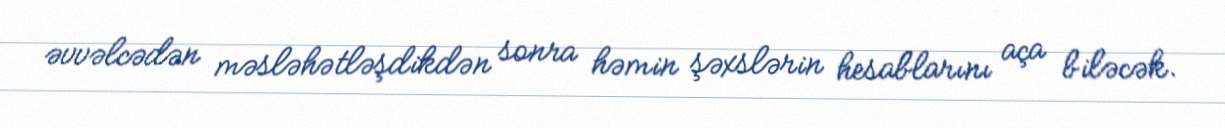
əvvəlcədən məsləhətləşdikdən sonra həmin şəxslərin hesablarını aça biləcək.